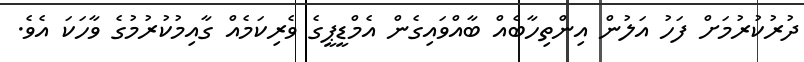
ދުރުކުރުމަށް ފަހު އަލުން އިންތިހާބެއް ބާއްވައިގެން އެމްޑީޕީގެ ވެރިކަމެއް ގާއިމުކުރުމުގެ ވާހަކަ އެވެ.